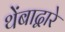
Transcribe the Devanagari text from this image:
थेंबाद्वारे